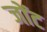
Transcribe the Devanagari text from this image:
जोंट